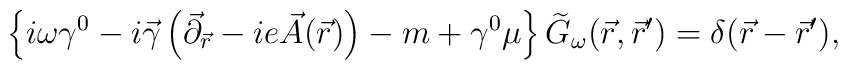
\left\{ i\omega\gamma^{0}-i\vec{\gamma}\left(\vec{\partial}_{\vec{r}}-ie\vec{A}(\vec{r}) \right)-m +\gamma^{0}\mu \right\}\widetilde{G}_{\omega}(\vec{r},\vec{r}')=\delta (\vec{r}-\vec{r}'),